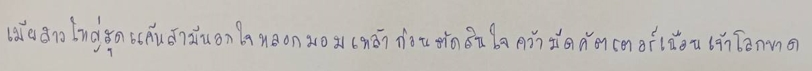
เมียสาวใหญ่สุดแค้นสามีนอกใจหลอกมอมเหล้าก่อนตัดสินใจคว้ามีดคัตเตอร์เฉือนเจ้าโลกขาด